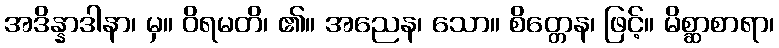
အဒိန္နာဒါနာ၊ မှ။ ဝိရမတိ၊ ၏။ အညေန၊ သော။ စိတ္တေန၊ ဖြင့်။ မိစ္ဆာစာရာ၊